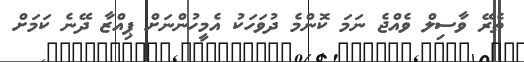
ތެރޭ ވާސިލް ވެއްޖެ ނަމަ ކޮންމެ ދުވަހަކު އެމީހުންނަށް ޕިއްޒާ ދޭނެ ކަމަށް